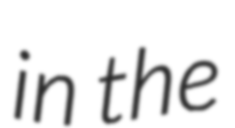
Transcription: in the